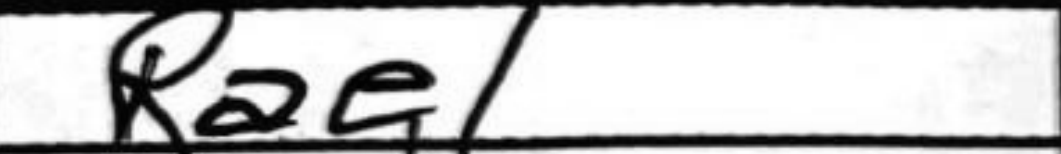
Transcription: Rae1